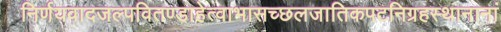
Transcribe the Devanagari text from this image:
निर्णयवादजल्पवितण्डाहेत्वाभासच्छलजातिकपटनिग्रहस्थानानां